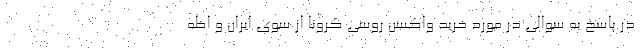
در پاسخ به سوالی در مورد خرید واکسن روسی کرونا از سوی ایران و اظه